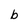
Character: b